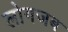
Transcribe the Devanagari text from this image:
लोगजब